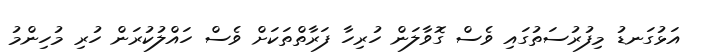
އަޅުގަނޑު މިފުރުސަތުގައި ވެސް ގޮވާލަން ހުރިހާ ފަރާތްތަކަށް ވެސް ހައްލުކުރަން ހުރި މުހިންމު